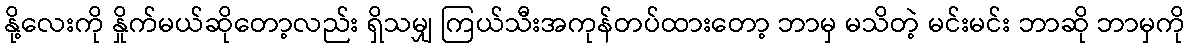
နို့လေးကို နှိုက်မယ်ဆိုတော့လည်း ရှိသမျှ ကြယ်သီးအကုန်တပ်ထားတော့ ဘာမှ မသိတဲ့ မင်းမင်း ဘာဆို ဘာမှကို